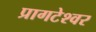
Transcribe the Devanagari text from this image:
प्रागटेश्वर